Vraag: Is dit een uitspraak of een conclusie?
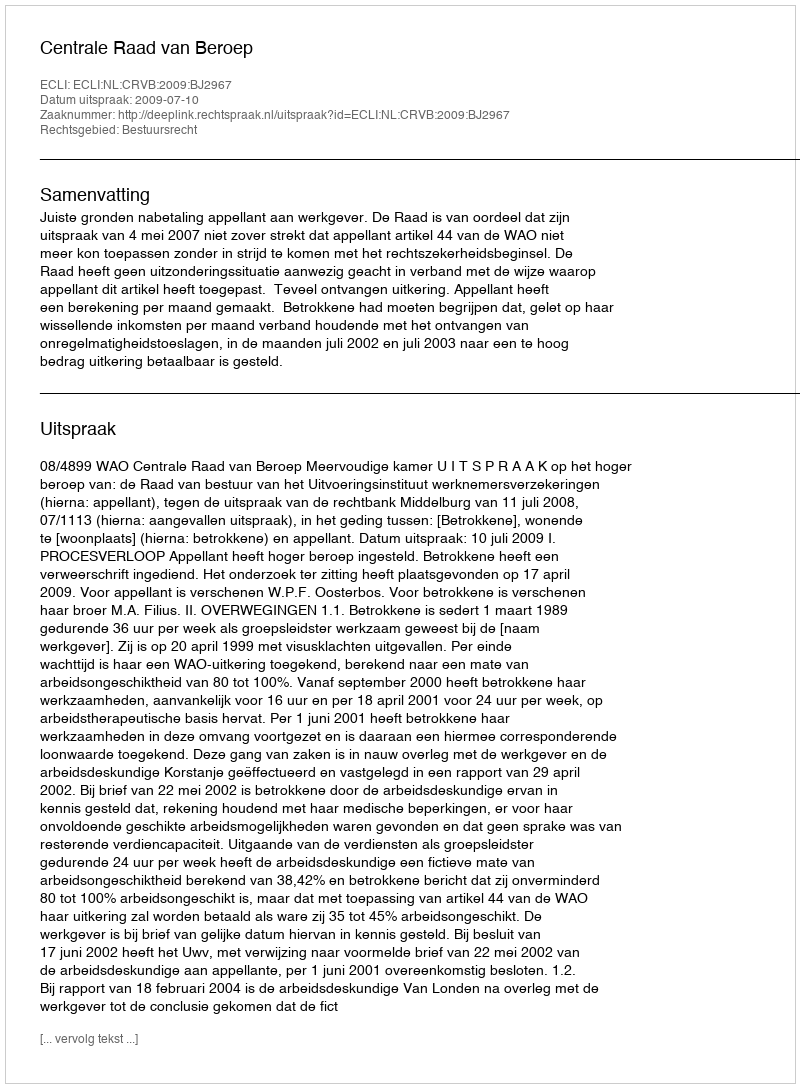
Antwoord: Uitspraak